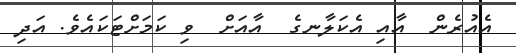
އެއުރެން  އާއި އެކަލާނގެ  އާއަށް  ވި ކަމަށްޓަކައެވެ. އަދި